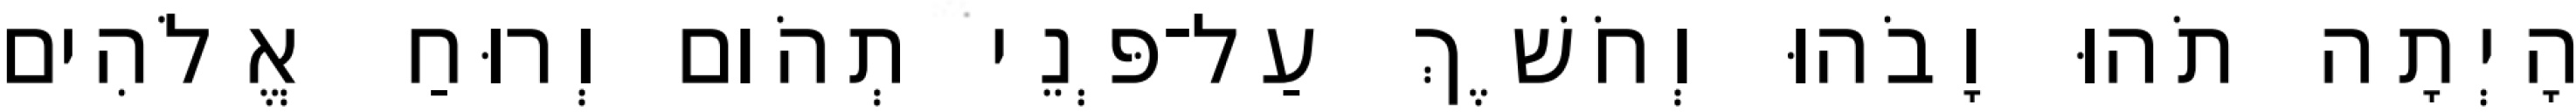
הָיְתָה תֹהוּ וָבֹהוּ וְחֹשֶׁךְ עַל־פְּנֵי תְהֹום וְרוּחַ אֱלֹהִים